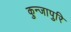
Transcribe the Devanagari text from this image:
कुन्जापुरि